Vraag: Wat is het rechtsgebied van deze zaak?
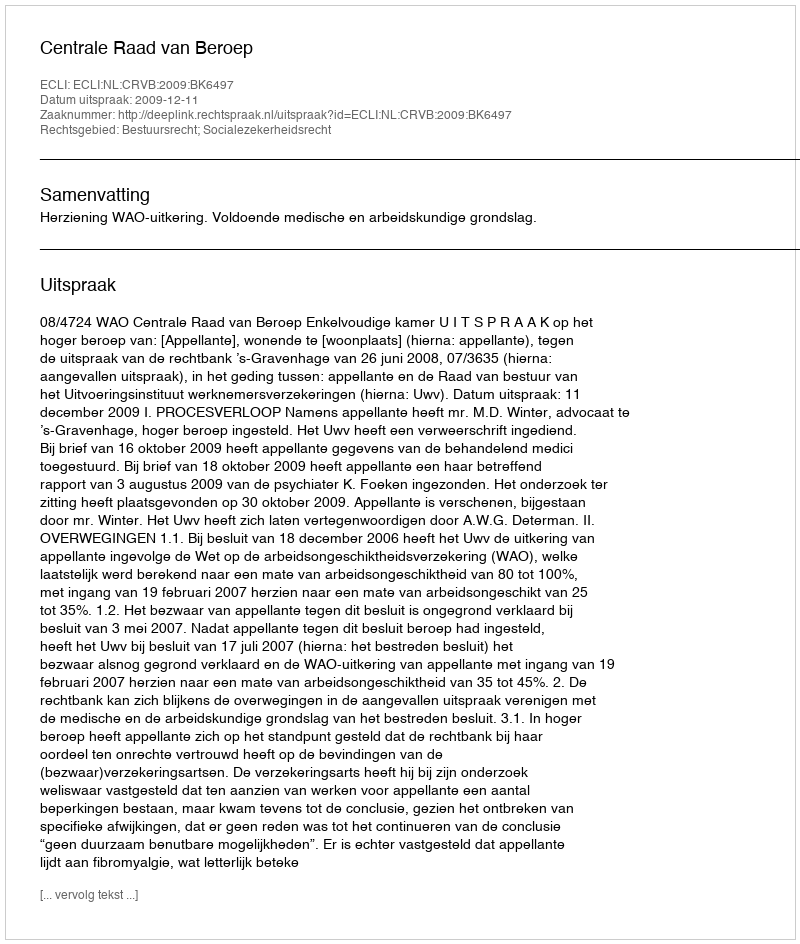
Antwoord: Bestuursrecht; Socialezekerheidsrecht